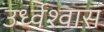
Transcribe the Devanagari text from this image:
उर्ध्वश्वास